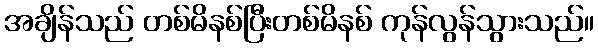
အချိန်သည် တစ်မိနစ်ပြီးတစ်မိနစ် ကုန်လွန်သွားသည်။